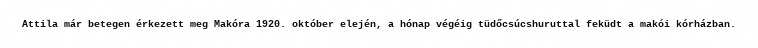
Attila már betegen érkezett meg Makóra 1920. október elején, a hónap végéig tüdőcsúcshuruttal feküdt a makói kórházban.